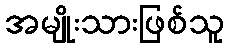
အမျိုးသားဖြစ်သူ